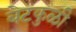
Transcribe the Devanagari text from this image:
बेटकुळी